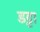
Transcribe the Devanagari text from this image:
डट्टा